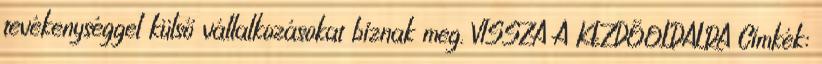
tevékenységgel külső vállalkozásokat bíznak meg. VISSZA A KEZDŐOLDALRA Címkék: